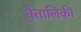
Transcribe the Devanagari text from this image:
वैतालिकी